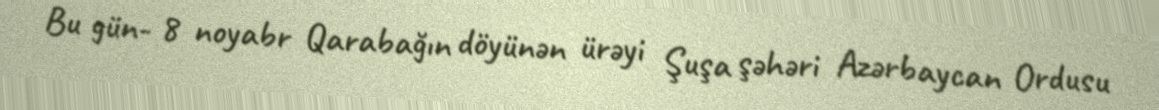
Bu gün- 8 noyabr Qarabağın döyünən ürəyi Şuşa şəhəri Azərbaycan Ordusu